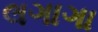
લગાગા